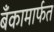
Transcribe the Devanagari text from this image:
बँकामार्फत